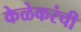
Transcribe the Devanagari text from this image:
केळेकरंची